Calcutta medical institutions reports 1879-81 [i.e.91]
Year: 1879
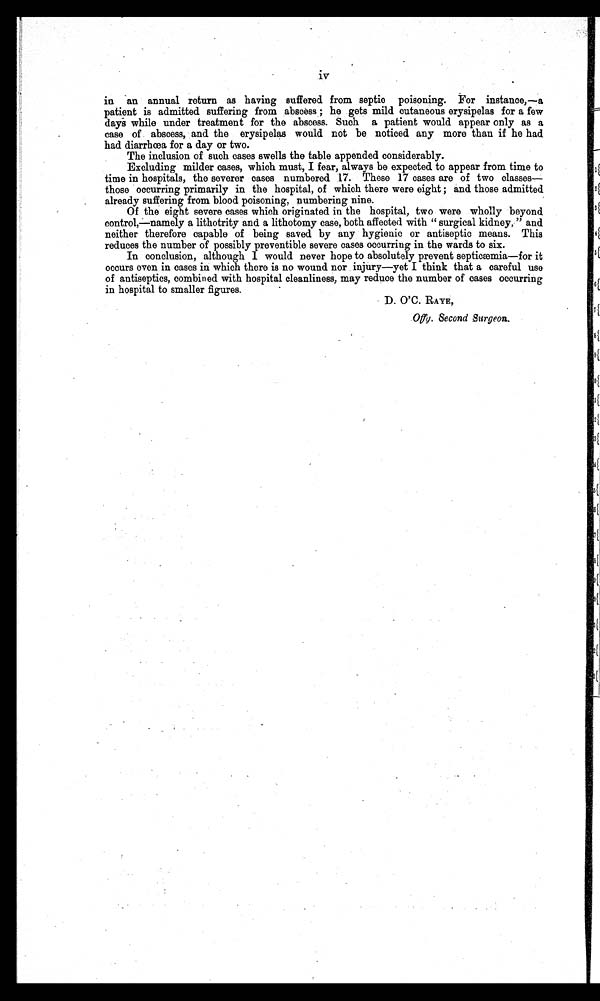
iv
in an annual return as having suffered from septic poisoning. For instance,—a
patient is admitted suffering from abscess; he gets mild cutaneous erysipelas for a few
days while under treatment for the abscess. Such a patient would appear only as a
case of abscess, and the erysipelas would not be noticed any more than if he had
had diarrhœa for a day or two.
The inclusion of such cases swells the table appended considerably.
Excluding milder cases, which must, I fear, always be expected to appear from time to
time in hospitals, the severer cases numbered 17. These 17 cases are of two classes—
those occurring primarily in the hospital, of which there were eight; and those admitted
already suffering from blood poisoning, numbering nine.
Of the eight severe cases which originated in the hospital, two were wholly beyond
control,—namely a lithotrity and a lithotomy case, both affected with "surgical kidney," and
neither therefore capable of being saved by any hygienic or antiseptic means. This
reduces the number of possibly preventible severe cases occurring in the wards to six.
In conclusion, although I would never hope to absolutely prevent septicæmia—for it
occurs even in cases in which there is no wound nor injury—yet I think that a careful use
of antiseptics, combined with hospital cleanliness, may reduce the number of cases occurring
in hospital to smaller figures.
D. O'C. RAYE ,
Offy. Second Surgeon.